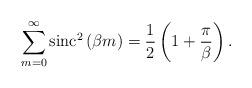
LaTeX: \begin{align*} \sum_{m=0}^{\infty} {\rm sinc}^2\left(\beta m\right)&=\frac{1}{2} \left(1+\frac{\pi}{\beta}\right). \end{align*}